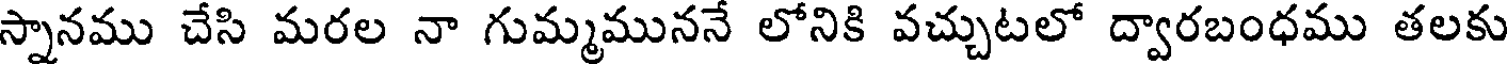
స్నానము చేసి మరల నా గుమ్మముననే లోనికి వచ్చుటలో ద్వారబంధము తలకు